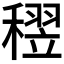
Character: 𥡪